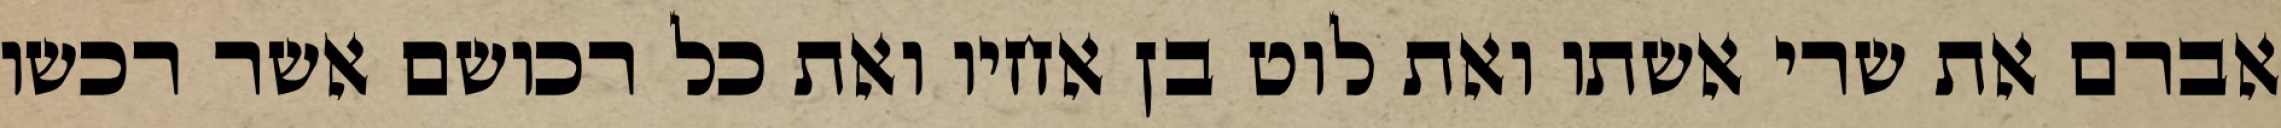
אברם את שרי אשתו ואת לוט בן אחיו ואת כל רכושם אשר רכשו